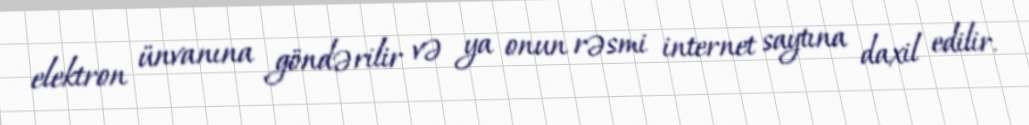
elektron ünvanına göndərilir və ya onun rəsmi internet saytına daxil edilir.